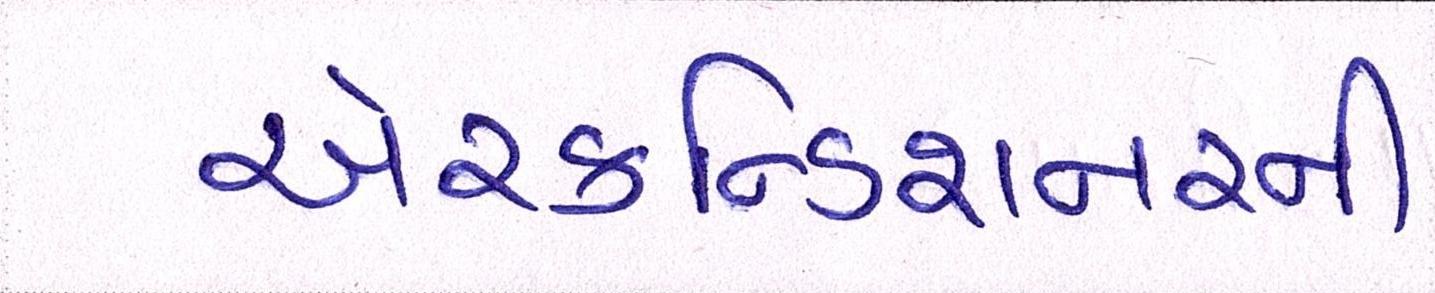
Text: એરકન્ડિશનરની